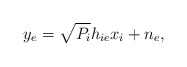
\begin{align*}{y_{e}} = \sqrt {P_i} {h_{ie}}{x_i} + {n_{e}},\end{align*}